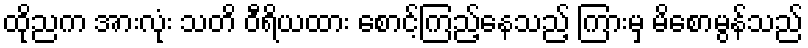
ထိုညက အားလုံး သတိ ဝီရိယထား စောင့်ကြည့်နေသည့် ကြားမှ မိစောမွန်သည်